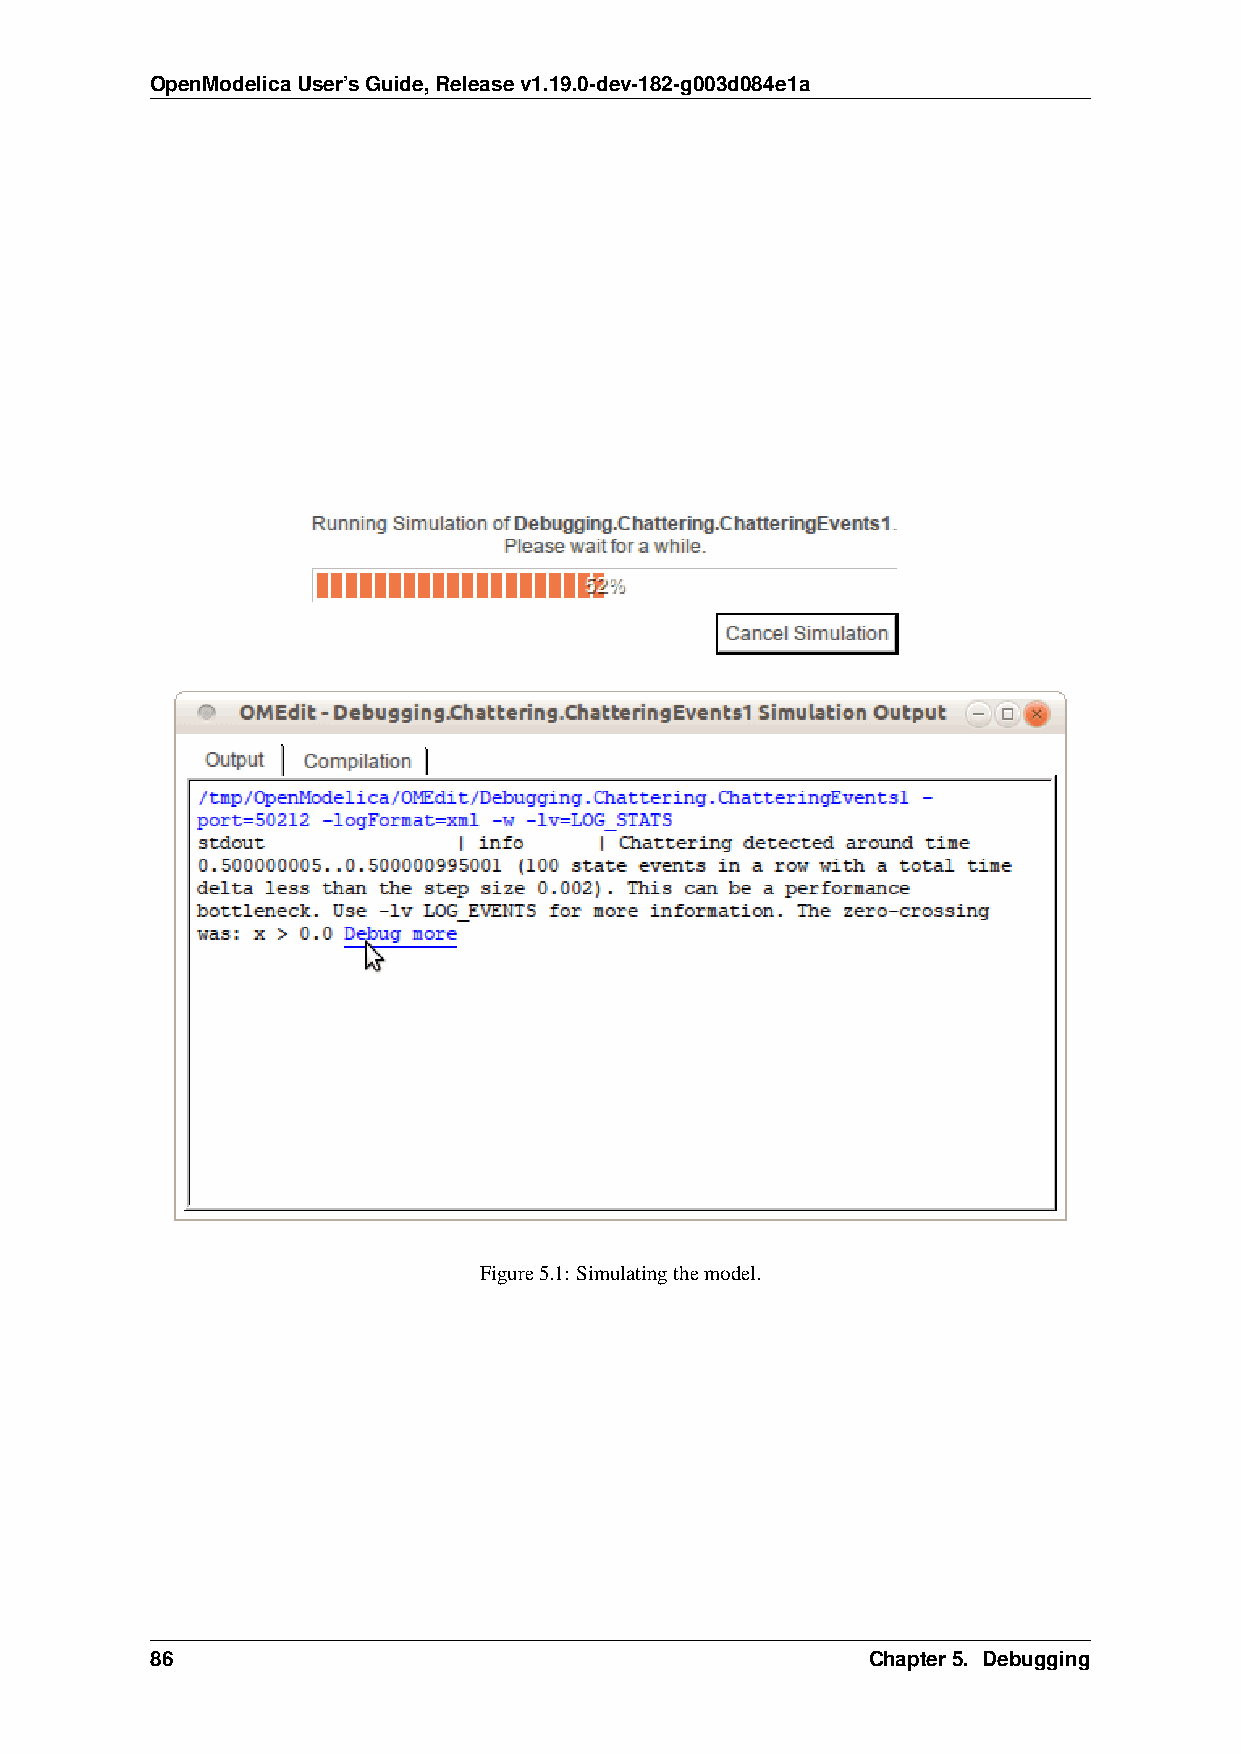
OpenModelicaUser’sGuide,Releasev1.19.0-dev-182-g003d084e1a
 Figure5.1: Simulatingthemodel.
 86                                             Chapter5. Debugging